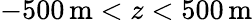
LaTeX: -500\, \mathrm{m}<z<500\, \mathrm{m}